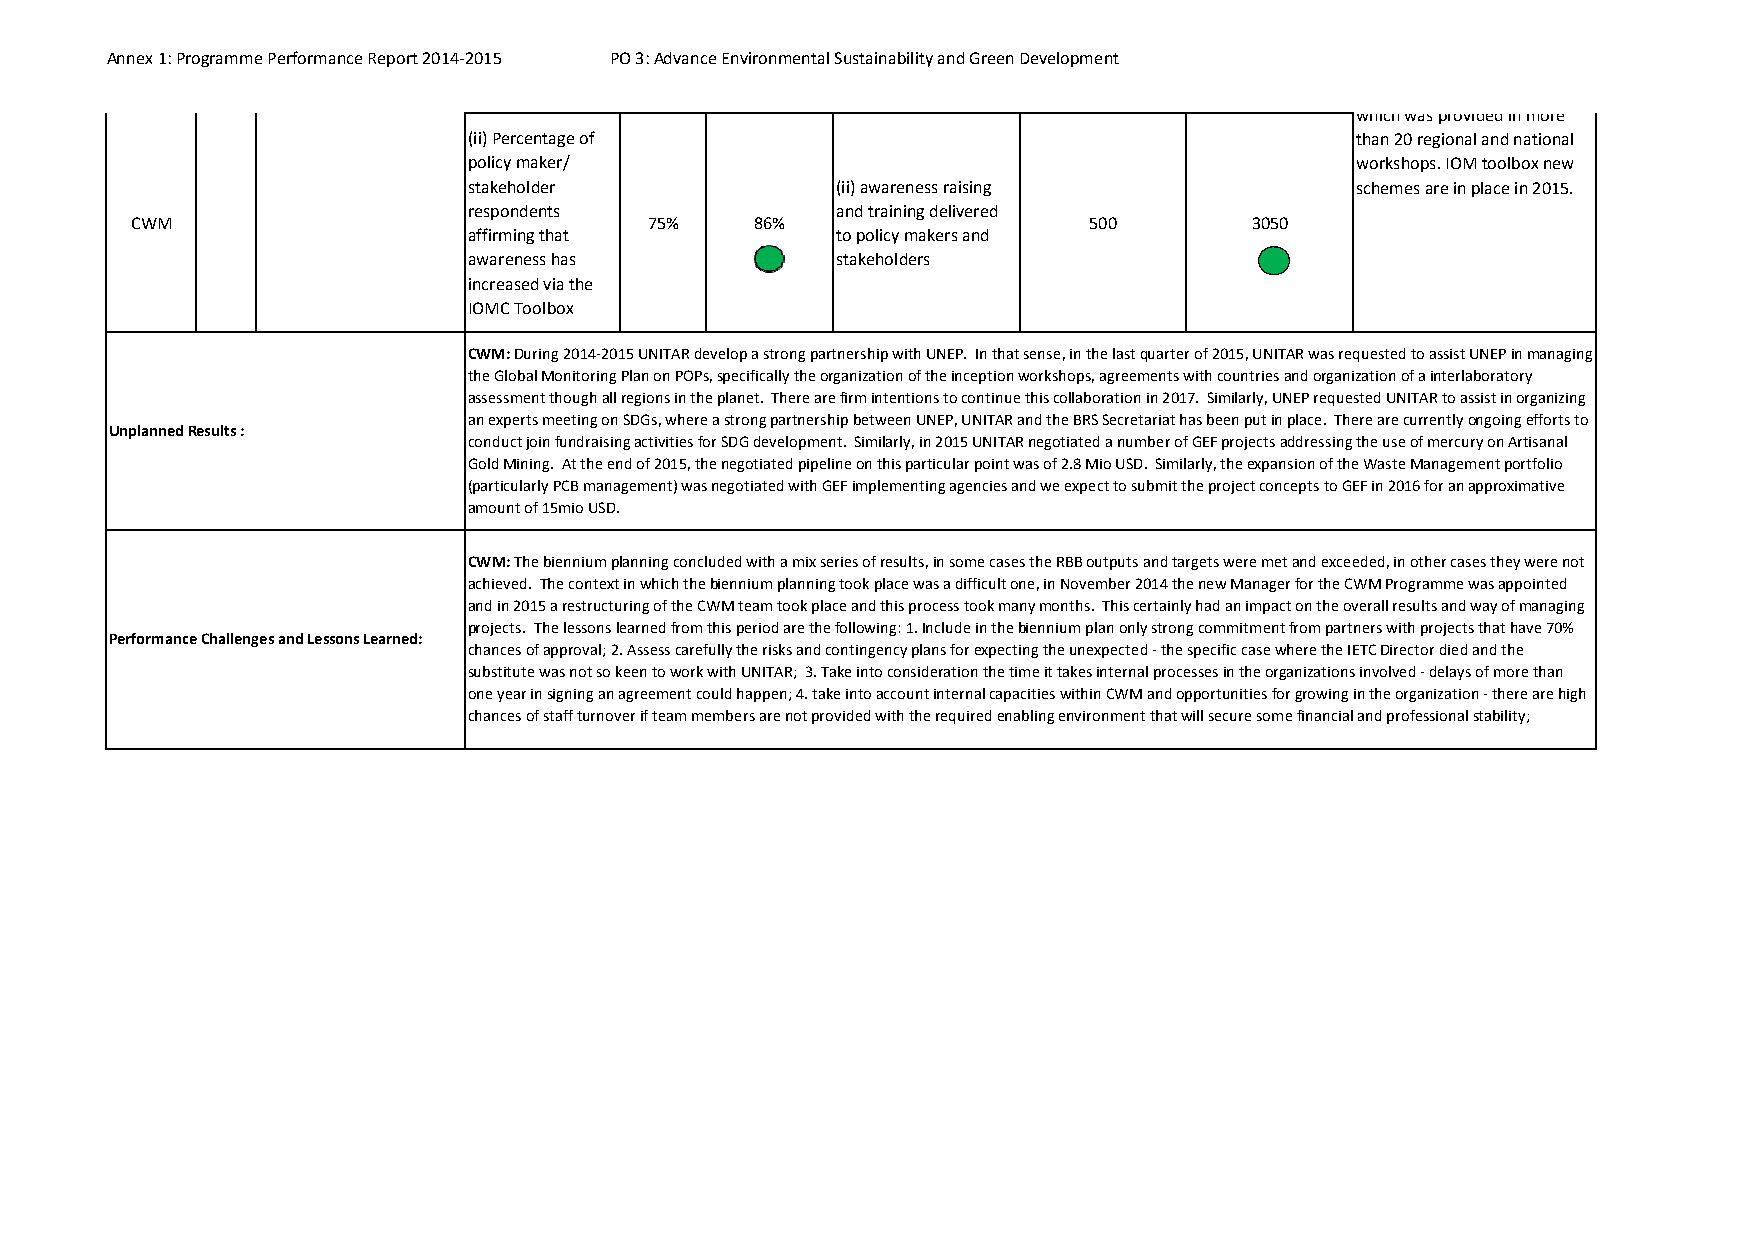
Annex 1: Programme Performance Report 2014‐2015 PO 3: Advance Environmental Sustainability and Green Development
 which was provided in more
 (ii) Percentage of                                         than 20 regional and national
 policy maker/                                              workshops. IOM toolbox new
 stakeholder             (ii) awareness raising             schemes are in place in 2015.
 respondents             and training delivered
 CWM                               75%    86%                   500        3050
 affirming that          to policy makers and
 awareness has           stakeholders
 increased via the
 IOMC Toolbox
 CWM: During 2014‐2015 UNITAR develop a strong partnership with UNEP. In that sense, in the last quarter of 2015, UNITAR was requested to assist UNEP in managing
 the Global Monitoring Plan on POPs, specifically the organization of the inception workshops, agreements with countries and organization of a interlaboratory
 assessment though all regions in the planet. There are firm intentions to continue this collaboration in 2017. Similarly, UNEP requested UNITAR to assist in organizing
 an experts meeting on SDGs, where a strong partnership between UNEP, UNITAR and the BRS Secretariat has been put in place. There are currently ongoing efforts to
 Unplanned Results :
 conduct join fundraising activities for SDG development. Similarly, in 2015 UNITAR negotiated a number of GEF projects addressing the use of mercury on Artisanal
 Gold Mining. At the end of 2015, the negotiated pipeline on this particular point was of 2.8 Mio USD. Similarly, the expansion of the Waste Management portfolio
 (particularly PCB management) was negotiated with GEF implementing agencies and we expect to submit the project concepts to GEF in 2016 for an approximative
 amount of 15mio USD.
 CWM: The biennium planning concluded with a mix series of results, in some cases the RBB outputs and targets were met and exceeded, in other cases they were not
 achieved. The context in which the biennium planning took place was a difficult one, in November 2014 the new Manager for the CWM Programme was appointed
 and in 2015 a restructuring of the CWM team took place and this process took many months. This certainly had an impact on the overall results and way of managing
 projects. The lessons learned from this period are the following: 1. Include in the biennium plan only strong commitment from partners with projects that have 70%
 Performance Challenges and Lessons Learned:
 chances of approval; 2. Assess carefully the risks and contingency plans for expecting the unexpected ‐ the specific case where the IETC Director died and the
 substitute was not so keen to work with UNITAR; 3. Take into consideration the time it takes internal processes in the organizations involved ‐ delays of more than
 one year in signing an agreement could happen; 4. take into account internal capacities within CWM and opportunities for growing in the organization ‐ there are high
 chances of staff turnover if team members are not provided with the required enabling environment that will secure some financial and professional stability;